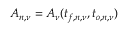
A _ { n , \nu } = A _ { \nu } ( t _ { f , n , \nu } , t _ { o , n , \nu } )